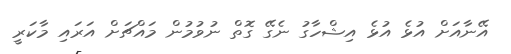
އޭނާއަށް އުޅެ އުޅެ އިޝްހާގު ނެގޭ ގޮތް ނުވުމުން މައްޗަށް އަރައި މާކަރީ